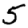
Digit: 5